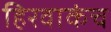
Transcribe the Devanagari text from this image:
हिरवाकंच